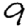
Digit: 9